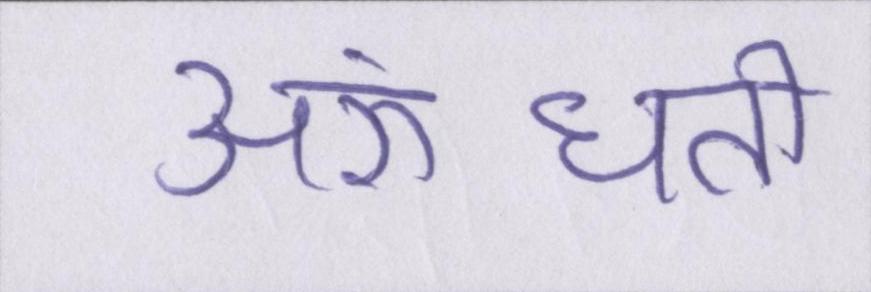
अरुंधती